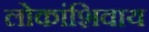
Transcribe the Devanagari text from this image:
लोकांशिवाय